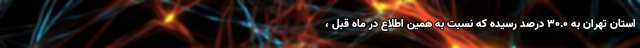
استان تهران به 30.0 درصد رسیده که نسبت به همین اطلاع در ماه قبل ،